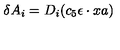
\delta A _ { i } = D _ { i } ( c _ { 5 } \epsilon \cdot x a )